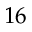
1 6